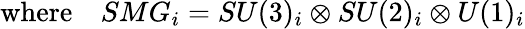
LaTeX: \mathrm{where}\quad SMG_{i}=SU(3)_{i}\otimes SU(2)_{i}\otimes U(1)_{i}